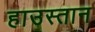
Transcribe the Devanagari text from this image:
हाउस्तान